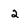
Character: 2